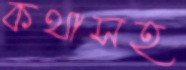
কথাসহ